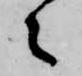
々